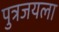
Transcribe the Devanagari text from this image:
पुत्रजयला